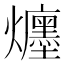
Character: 𤒲